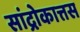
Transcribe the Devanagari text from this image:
सांद्रोकात्तस